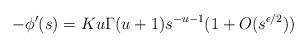
LaTeX: \begin{align*}-\phi'(s) = Ku\Gamma(u+1) s^{-u-1} (1+O(s^{\epsilon/2}))\end{align*}